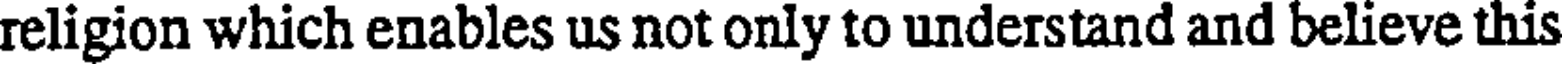
religion which enables us not only to understand and believe this